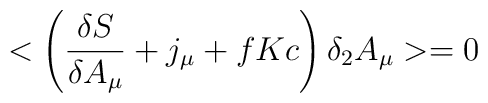
< \left(\frac{ \delta S}{ \delta A_\mu} + j_\mu +fKc\right) \delta _2 A_\mu >=0